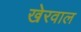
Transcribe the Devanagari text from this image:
खेरवाल